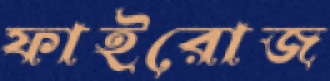
ফাইরোজ